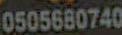
0505680740